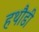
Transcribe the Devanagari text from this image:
हथौडी